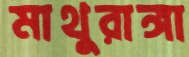
মাথুরাঙ্গা